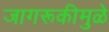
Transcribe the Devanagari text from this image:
जागरूकीमुळे